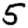
Digit: 5